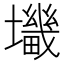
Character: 𰋀